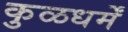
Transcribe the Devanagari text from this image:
कुळधर्में